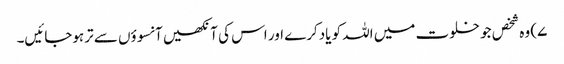
۷) وہ شخص جو خلوت میں اللہ کو یادکرے اور اس کی آنکھیں آنسوؤں سے ترہوجائیں۔